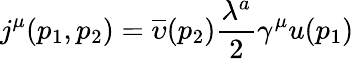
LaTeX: j^{\mu}(p_{1},p_{2})=\overline{{{\upsilon}}}(p_{2})\frac{\lambda^{a}}2\gamma^{\mu}u(p_{1})